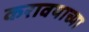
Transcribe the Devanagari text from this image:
करावयाच्‍या